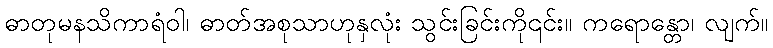
ဓာတုမနသိကာရံဝါ၊ ဓာတ်အစုသာဟုနှလုံး သွင်းခြင်းကို၎င်း။ ကရောန္တော၊ လျက်။